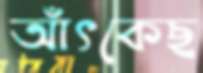
আঁৎকেছ